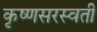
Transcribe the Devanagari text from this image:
कृष्णसरस्वती